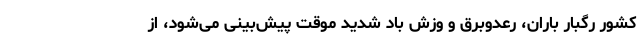
کشور رگبار باران، رعدوبرق و وزش باد شدید موقت پیش‌بینی می‌شود، از